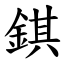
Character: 錤